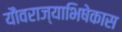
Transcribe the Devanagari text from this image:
यौवराज्याभिषेकास